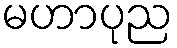
မဟာပုည